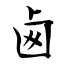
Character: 卥